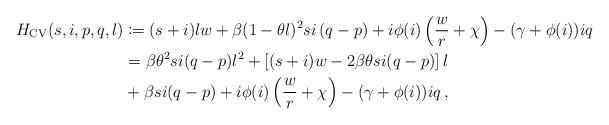
LaTeX: \begin{align*}H_{\mathrm{CV}}(s,i,p,q,l)&\coloneqq (s+i)lw+\beta(1-\theta l)^2si\left(q-p\right) +i\phi(i)\left(\frac{w}{r}+\chi\right)-(\gamma+\phi(i))iq \\&= \beta \theta^2 si (q-p) l^2 + \left[(s+i)w - 2\beta \theta si (q-p)\right] l \\&+ \beta si (q-p) + i\phi(i)\left(\frac{w}{r}+\chi\right)-(\gamma+\phi(i))iq\, ,\end{align*}